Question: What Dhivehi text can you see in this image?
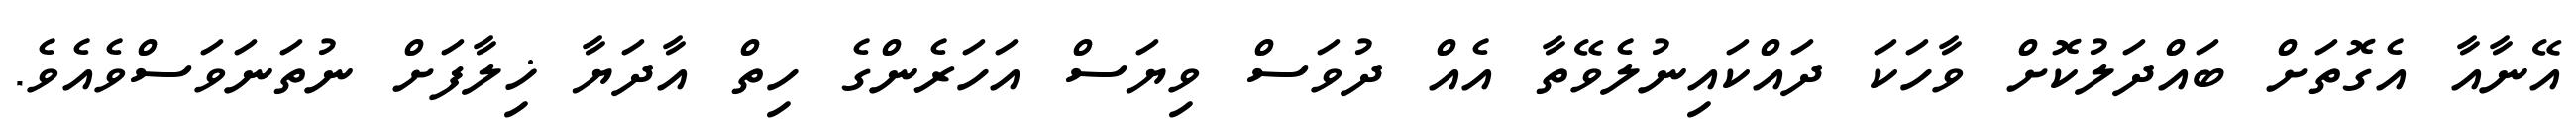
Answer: އޭނާއާ އެގޮތަށް ބައްދަލުކޮށް ވާހަކަ ދައްކައިނުލެވޭތާ އެއް ދުވަސް ވިޔަސް އަހަރެންގެ ހިތް އާދަޔާ ޚިލާފަށް ނުތަނަވަސްވެއެވެ.